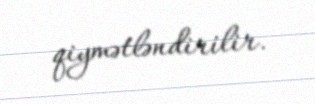
qiymətləndirilir.